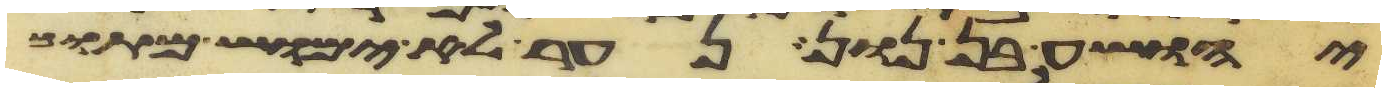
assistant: יהושע בן נון נער לא ימוש מתוך